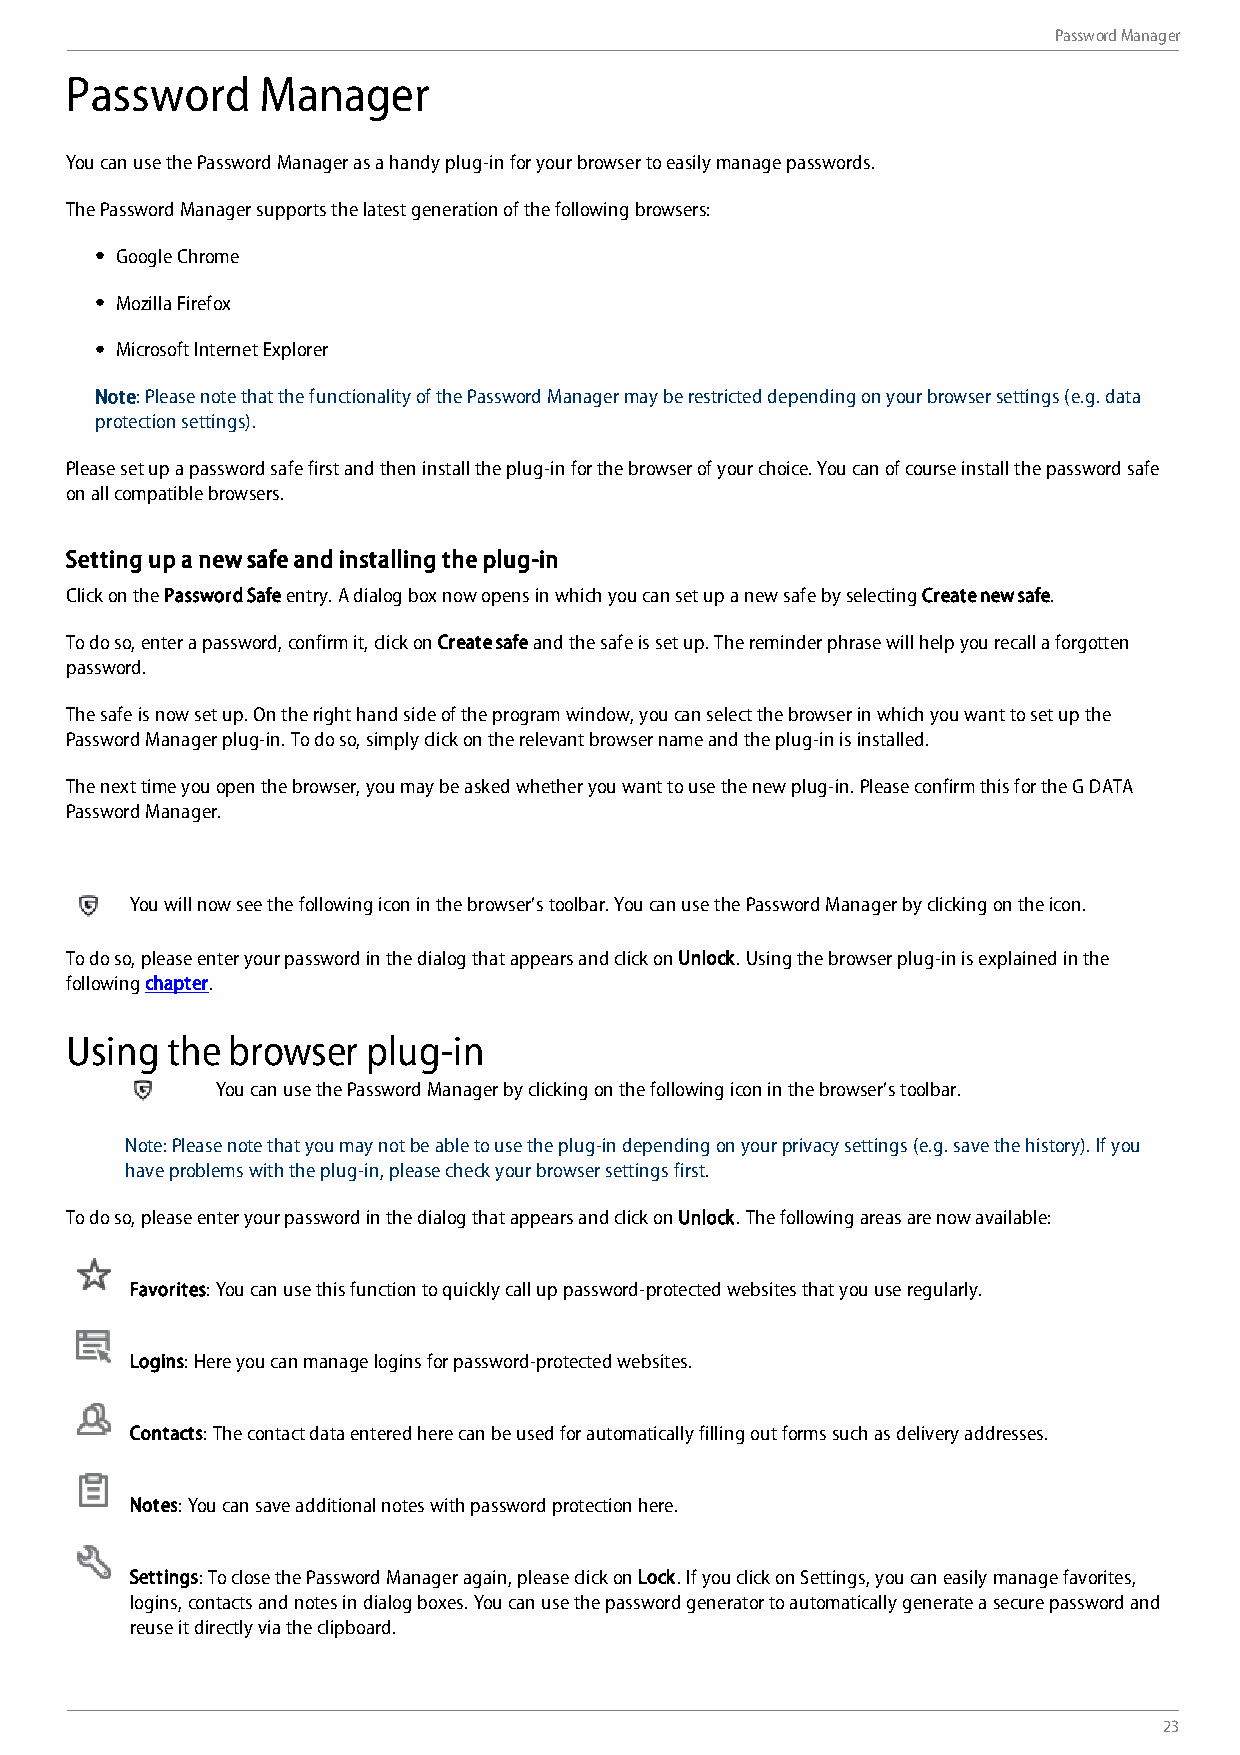
Password Manager
 Password     Manager
 You can use the Password Manager as a handy plug-in for your browser to easily manage passwords.
 The Password Manager supports the latest generation of the following browsers:
 Google Chrome
 Mozilla Firefox
 Microsoft Internet Explorer
 Note: Please note that the functionality of the Password Manager may be restricted depending on your browser settings (e.g. data
 protection settings).
 Please set up a password safe first and then install the plug-in for the browser of your choice. You can of course install the password safe
 on all compatible browsers.
 Setting up a new safe and installing the plug-in
 Click on the Password Safe entry. A dialog box now opens in which you can set up a new safe by selecting Create new safe.
 To do so, enter a password, confirm it, click on Create safe and the safe is set up. The reminder phrase will help you recall a forgotten
 password.
 The safe is now set up. On the right hand side of the program window, you can select the browser in which you want to set up the
 Password Manager plug-in. To do so, simply click on the relevant browser name and the plug-in is installed.
 The next time you open the browser, you may be asked whether you want to use the new plug-in. Please confirm this for the G DATA
 Password Manager.
 You will now see the following icon in the browser’s toolbar. You can use the Password Manager by clicking on the icon.
 To do so, please enter your password in the dialog that appears and click on Unlock. Using the browser plug-in is explained in the
 following chapter.
 Using  the browser  plug-in
 You can use the Password Manager by clicking on the following icon in the browser’s toolbar.
 Note: Please note that you may not be able to use the plug-in depending on your privacy settings (e.g. save the history). If you
 have problems with the plug-in, please check your browser settings first.
 To do so, please enter your password in the dialog that appears and click on Unlock. The following areas are now available:
 Favorites: You can use this function to quickly call up password-protected websites that you use regularly.
 Logins: Here you can manage logins for password-protected websites.
 Contacts: The contact data entered here can be used for automatically filling out forms such as delivery addresses.
 Notes: You can save additional notes with password protection here.
 Settings: To close the Password Manager again, please click on Lock. If you click on Settings, you can easily manage favorites,
 logins, contacts and notes in dialog boxes. You can use the password generator to automatically generate a secure password and
 reuse it directly via the clipboard.
 23